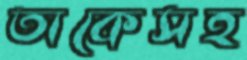
তাকেসহ